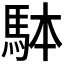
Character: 𩢕